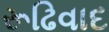
રૂઢિવાદ